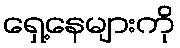
ရှေ့နေများကို